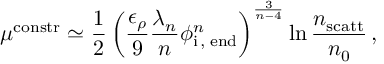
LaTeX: \mu ^ { \mathrm { c o n s t r } } \simeq \frac { 1 } { 2 } \left( \frac { \epsilon _ { \rho } } { 9 } \frac { \lambda _ { n } } { n } \phi _ { \mathrm { i \, , \; e n d } } ^ { n } \right) ^ { \frac { 3 } { n - 4 } } \ln \frac { n _ { \mathrm { s c a t t } } } { n _ { 0 } } \, ,